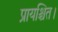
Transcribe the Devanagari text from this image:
प्रायश्चित।